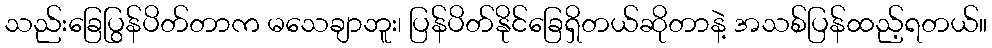
သည်းခြေပြွန်ပိတ်တာက မသေချာဘူး၊ ပြန်ပိတ်နိုင်ခြေရှိတယ်ဆိုတာနဲ့ အသစ်ပြန်ထည့်ရတယ်။